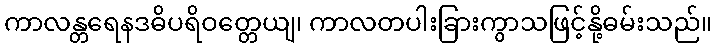
ကာလန္တရေနဒဓိပရိဝတ္တေယျ၊ ကာလတပါးခြားကွာသဖြင့်နို့ဓမ်းသည်။